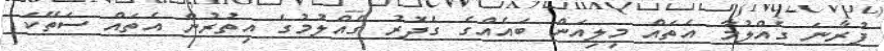
ފުރާނަ ގެއްލުމާ އެތައް މިލިއަން ބައެއްގެ ގެދޮރު ގެއްލުމުގެ އިތުރުން އެތައް ސަތޭކަ